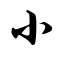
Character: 小